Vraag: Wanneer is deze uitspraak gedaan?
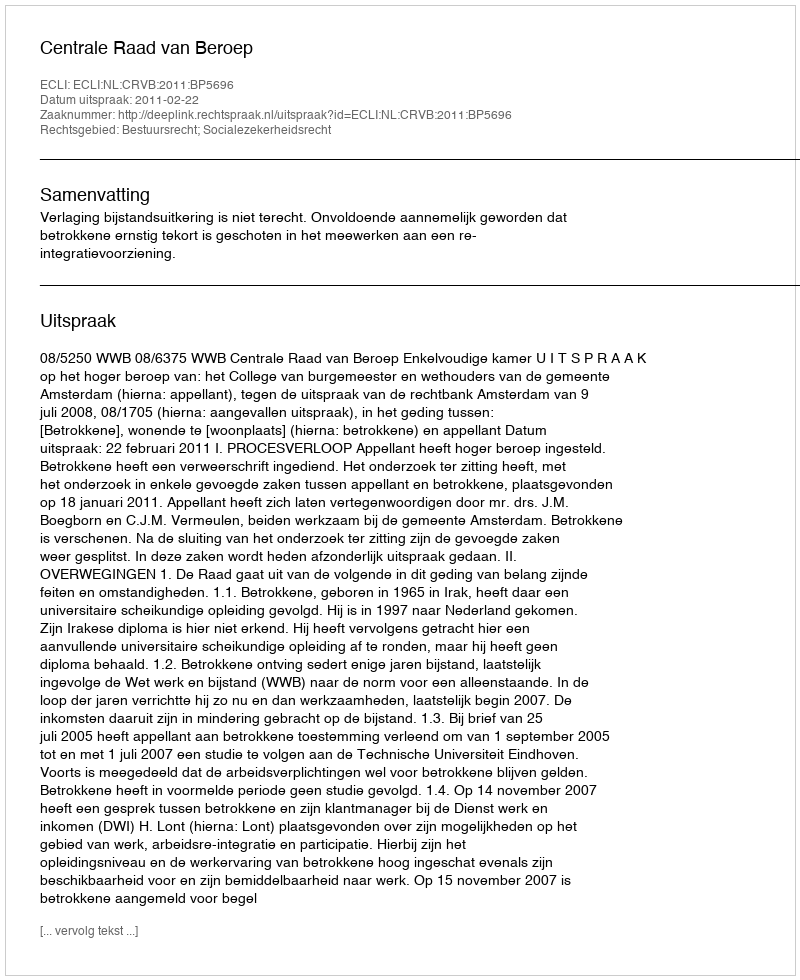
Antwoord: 2011-02-22